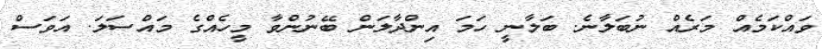
ވައްކަމެއް މަރެއް ނުބަލާނެ. ބަލާނީ ހަމަ އިންދާލަން ބޭނުންވާ މީހެއްގެ މައްސަލަ. އަވަސް